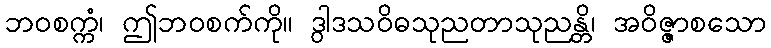
ဘဝစက္ကံ၊ ဤဘဝစက်ကို။ ဒွါဒသဝိဓသုညတာသုညန္တိ၊ အဝိဇ္ဇာစသော